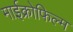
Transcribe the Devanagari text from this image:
माईक्रोफिल्म